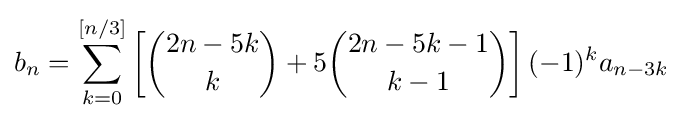
b_{n}=\sum _{k=0}^{[n/3]}\left[{\binom {2n-5k}{k}}+5{\binom {2n-5k-1}{k-1}}\right](-1)^{k}a_{n-3k}